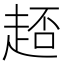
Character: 𧻳